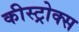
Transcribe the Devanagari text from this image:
कीस्ट्रोक्स